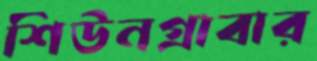
শিউনগ্রাবার